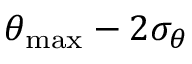
\theta _ { \mathrm { m a x } } - 2 \sigma _ { \theta }